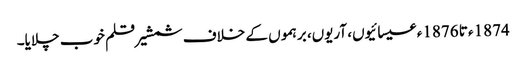
1874ء تا 1876ء عیسائیوں، آریوں، برہموں کے خلاف شمشیر قلم خوب چلایا۔